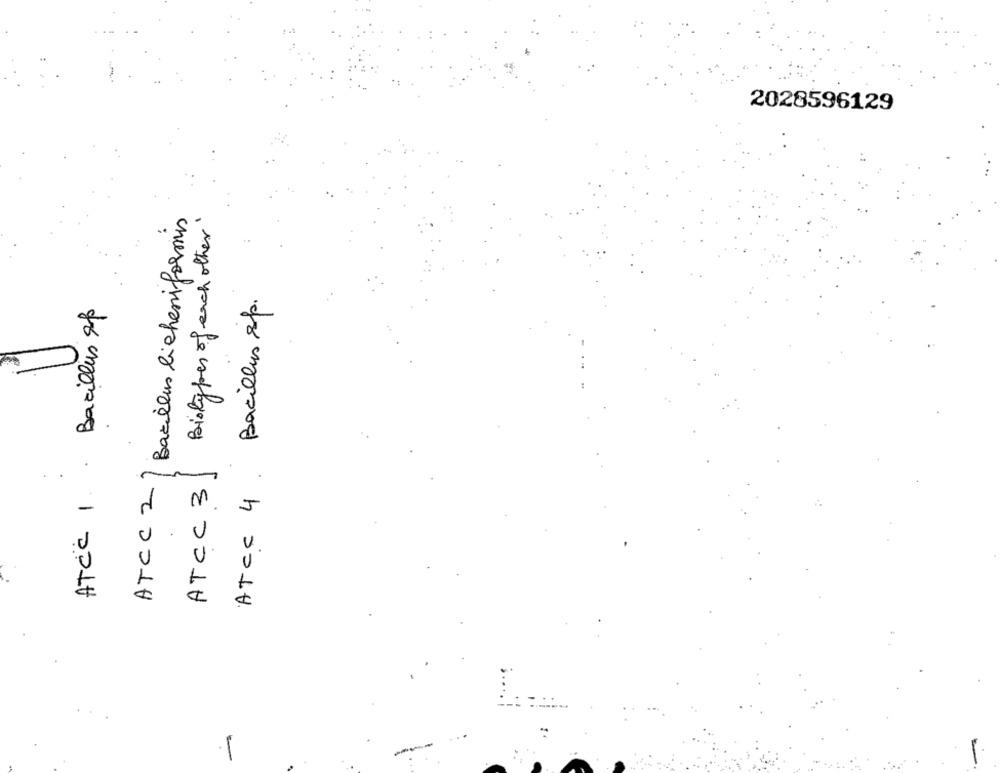
2028596129
ATCC 2/ Bacillus licheniformis
ATCC 3| Biotypes of each other
ATcc 4 . Bacillus sp.
Bacillus p
ATCC 1.
.1